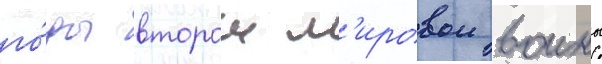
го́ды второи м'ировои воины